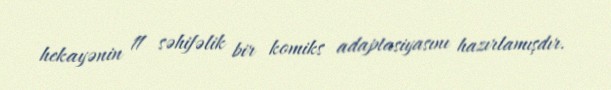
hekayənin 11 səhifəlik bir komiks adaptasiyasını hazırlamışdır.